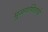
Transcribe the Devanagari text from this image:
मुळगणिताचे